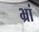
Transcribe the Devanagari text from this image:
भ्रां